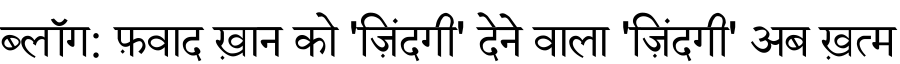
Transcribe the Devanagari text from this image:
ब्लॉग: फ़वाद ख़ान को 'ज़िंदगी' देने वाला 'ज़िंदगी' अब ख़त्म